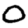
Digit: 0